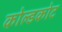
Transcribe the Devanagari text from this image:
कोल्डकोट